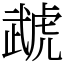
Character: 虣